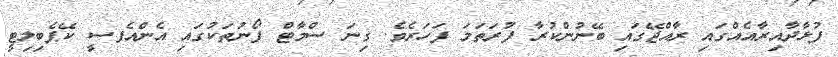
ފުޅާދާއިރާއެއްގައި ރާއްޖޭގައި ބޭނުންކުރާ ފުރަތަމަ ފަހަރެވެ. ގިނަ ސްމާޓް ފޯނުތަކުގައި އެންއެފސީ ކޭޕެބިލިޓީ